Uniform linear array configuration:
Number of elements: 48
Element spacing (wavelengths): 0.5
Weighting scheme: blackman
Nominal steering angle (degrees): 30
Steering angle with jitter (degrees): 31.203
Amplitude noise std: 0.05
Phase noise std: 0.05

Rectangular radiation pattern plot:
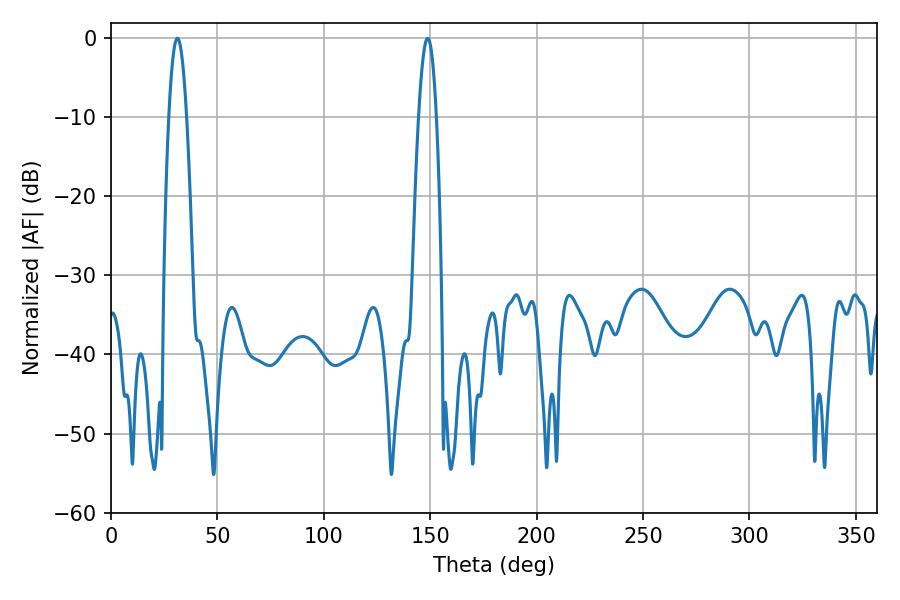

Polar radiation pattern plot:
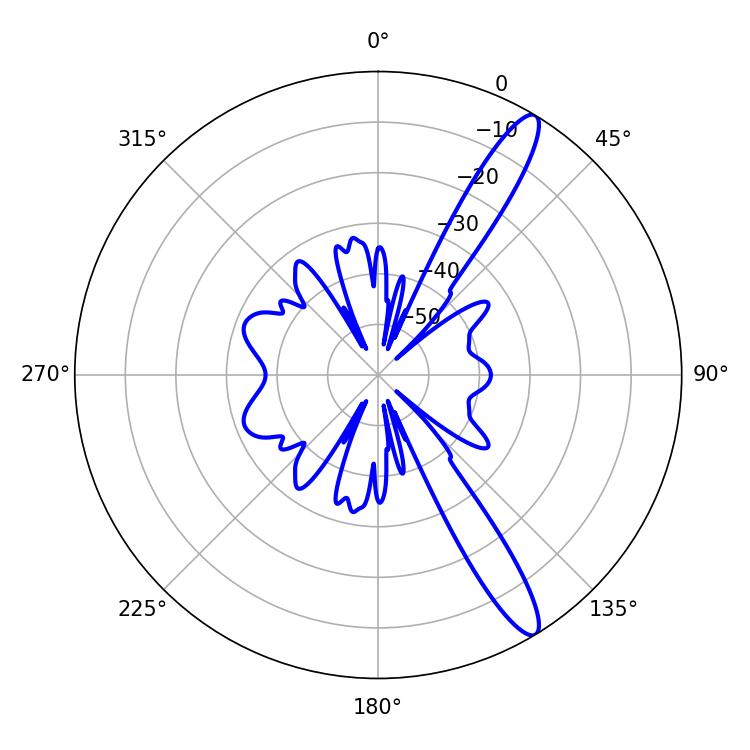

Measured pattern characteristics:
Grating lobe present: FALSE
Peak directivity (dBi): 13.487
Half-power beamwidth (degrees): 4.5
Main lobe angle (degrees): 31.14